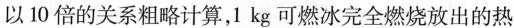
以10倍的关系粗略计算，1 kg可燃冰完全燃烧放出的热量